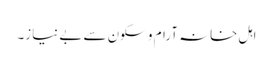
اہل خانہ آرام و سکون سے بے نیاز۔